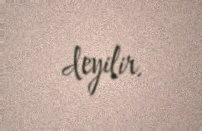
deyilir.